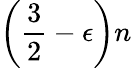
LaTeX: \left({\frac{3}{2}}-\epsilon\right)n